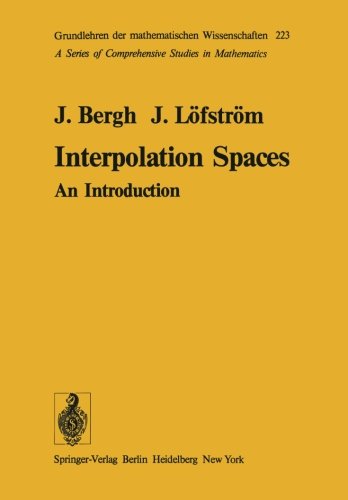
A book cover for Interpolation Spaces: An Introduction (Grundlehren der mathematischen Wissenschaften); J. Bergh; Science & Math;